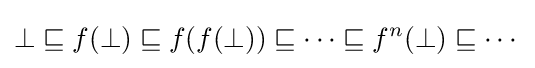
\bot \sqsubseteq f(\bot )\sqsubseteq f(f(\bot ))\sqsubseteq \cdots \sqsubseteq f^{n}(\bot )\sqsubseteq \cdots